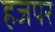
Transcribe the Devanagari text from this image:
हजपर